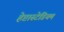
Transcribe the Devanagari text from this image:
हेप्टास्टेडियम